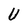
Character: U